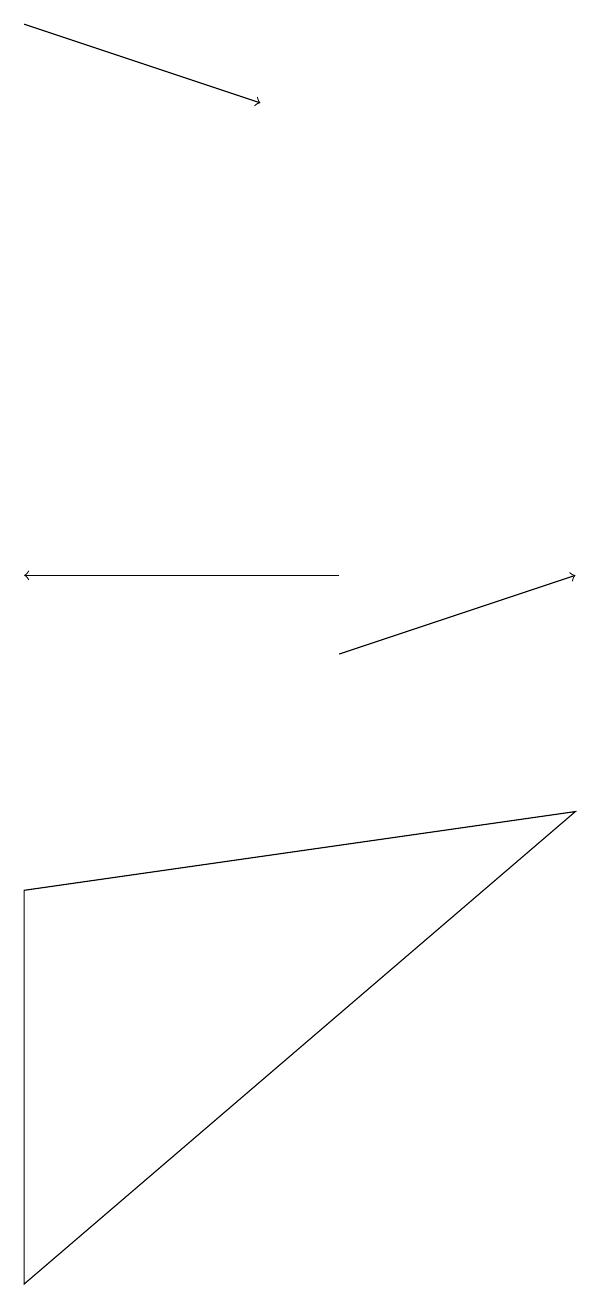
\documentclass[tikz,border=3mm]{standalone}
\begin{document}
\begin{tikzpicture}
\draw (0,2) -- (0,7) -- (7,8) -- cycle;
\draw[->] (4,10) -- (7,11);
\draw[->] (0,18) -- (3,17);
\draw[->] (4,11) -- (0,11);
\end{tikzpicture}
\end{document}